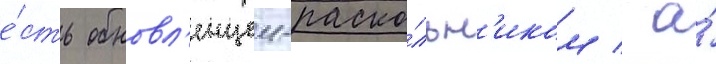
е́сть обновл'енцем-раско́льн'иком / а́